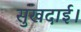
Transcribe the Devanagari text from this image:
सुखदाई।